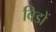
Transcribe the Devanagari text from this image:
विडों